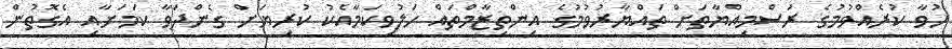
ހުވާ ކުރެއްވުމުގެ ރަސްމިއްޔާތަށް ތައްޔާރުވުމުގެ އިންތިޒާމްތައް ހަލުވިކަމާއެކު ކުރިޔަށް ގެންދަވާ ކަމަށާއި އެގޮތުން